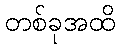
တစ်ခုအထိ